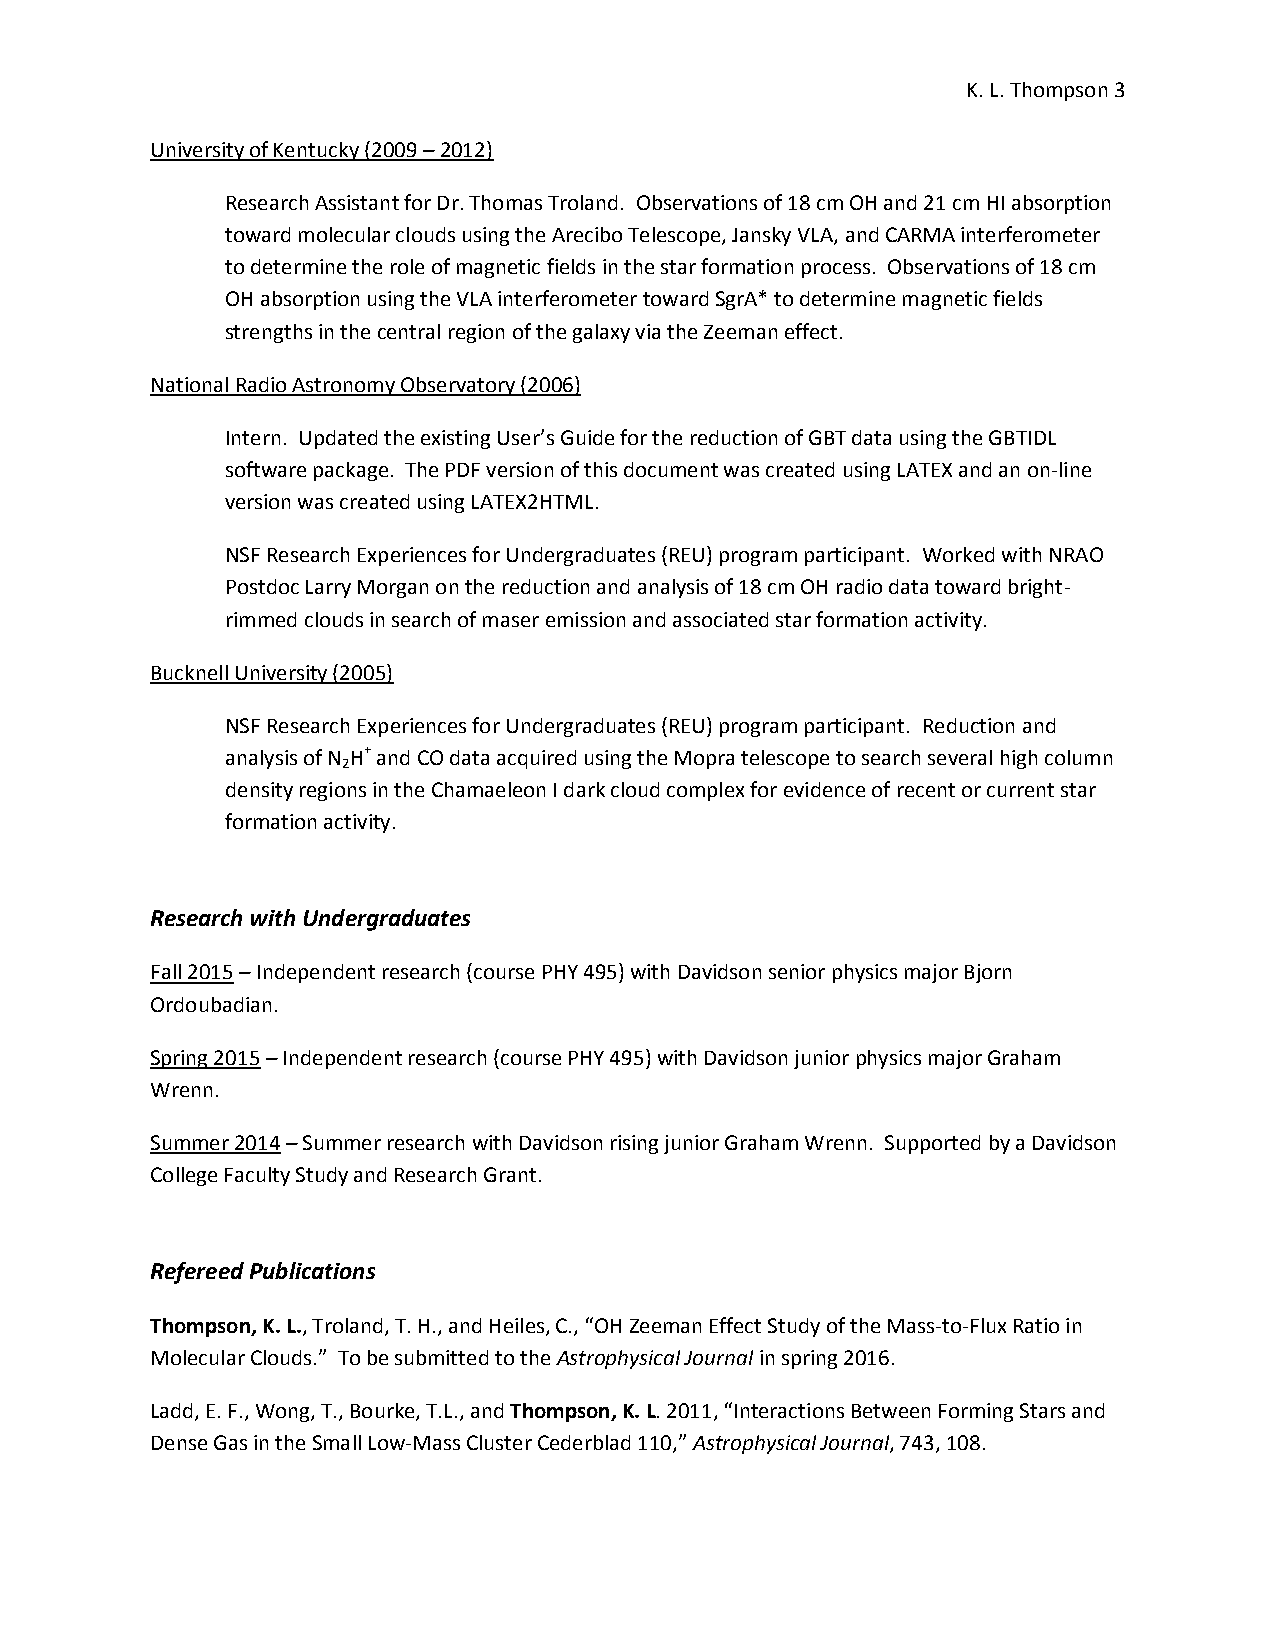
K. L. Thompson 3
 University of Kentucky (2009 – 2012)
 Research Assistant for Dr. Thomas Troland. Observations of 18 cm OH and 21 cm HI absorption
 toward molecular clouds using the Arecibo Telescope, Jansky VLA, and CARMA interferometer
 to determine the role of magnetic fields in the star formation process. Observations of 18 cm
 OH absorption using the VLA interferometer toward SgrA* to determine magnetic fields
 strengths in the central region of the galaxy via the Zeeman effect.
 National Radio Astronomy Observatory (2006)
 Intern. Updated the existing User’s Guide for the reduction of GBT data using the GBTIDL
 software package. The PDF version of this document was created using LATEX and an on-line
 version was created using LATEX2HTML.
 NSF Research Experiences for Undergraduates (REU) program participant. Worked with NRAO
 Postdoc Larry Morgan on the reduction and analysis of 18 cm OH radio data toward bright-
 rimmed clouds in search of maser emission and associated star formation activity.
 Bucknell University (2005)
 NSF Research Experiences for Undergraduates (REU) program participant. Reduction and
 analysis of N H+ and CO data acquired using the Mopra telescope to search several high column
 2
 density regions in the Chamaeleon I dark cloud complex for evidence of recent or current star
 formation activity.
 Research with Undergraduates
 Fall 2015 – Independent research (course PHY 495) with Davidson senior physics major Bjorn
 Ordoubadian.
 Spring 2015 – Independent research (course PHY 495) with Davidson junior physics major Graham
 Wrenn.
 Summer 2014 – Summer research with Davidson rising junior Graham Wrenn. Supported by a Davidson
 College Faculty Study and Research Grant.
 Refereed Publications
 Thompson, K. L., Troland, T. H., and Heiles, C., “OH Zeeman Effect Study of the Mass-to-Flux Ratio in
 Molecular Clouds.” To be submitted to the Astrophysical Journal in spring 2016.
 Ladd, E. F., Wong, T., Bourke, T.L., and Thompson, K. L. 2011, “Interactions Between Forming Stars and
 Dense Gas in the Small Low-Mass Cluster Cederblad 110,” Astrophysical Journal, 743, 108.